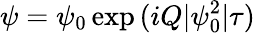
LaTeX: \psi=\psi_{0}\exp{(iQ|\psi_{0}^{2}|\tau)}